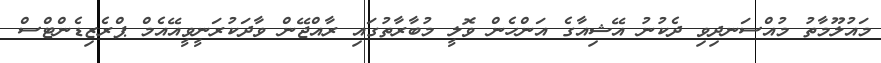
މައުލޫމާތު މުއްސަނދިވި ދެކުނު އޭޝިއާގެ އަންހެން ވޮލީ މުބާރާތުގައި ރާއްޖޭން ވާދަކުރަނީވީއޭއެމް ޕްރެޒިޑެންޓްސް